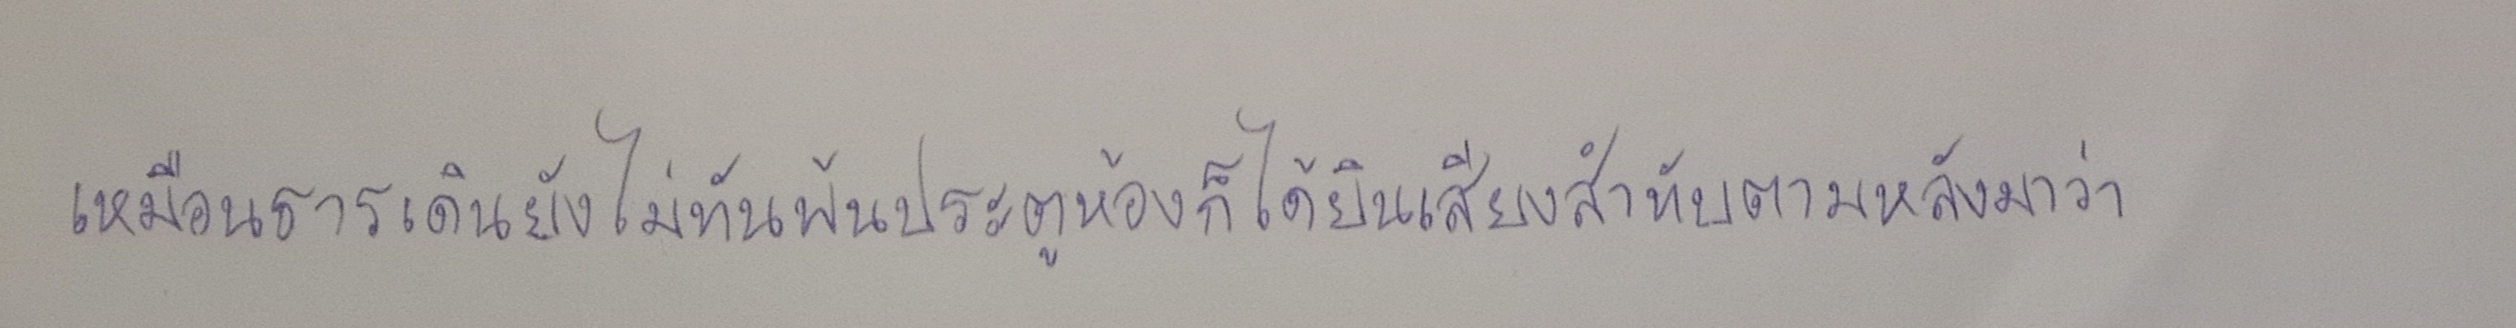
เหมือนธารเดินยังไม่ทันพ้นประตูห้องก็ได้ยินเสียงสำทับตามหลังมาว่า